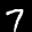
Label: 7